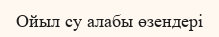
Ойыл су алабы өзендері